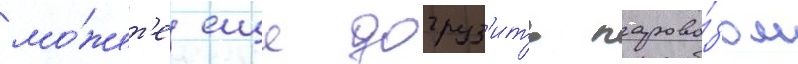
мо́жет'е еще догруз'ить парово́зом